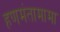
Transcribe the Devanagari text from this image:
हणमंतामामा